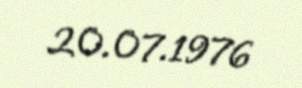
20.07.1976